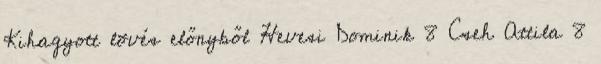
Kihagyott lövés előnyből Hevesi Dominik 8 Cseh Attila 8